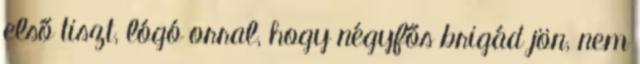
első tiszt, lógó orral, hogy négyfős brigád jön, nem